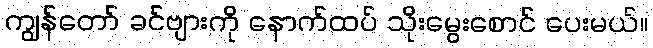
ကျွန်တော် ခင်ဗျားကို နောက်ထပ် သိုးမွေးစောင် ပေးမယ်။